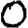
Digit: 0